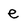
Character: e